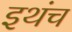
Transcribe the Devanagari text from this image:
इथंच